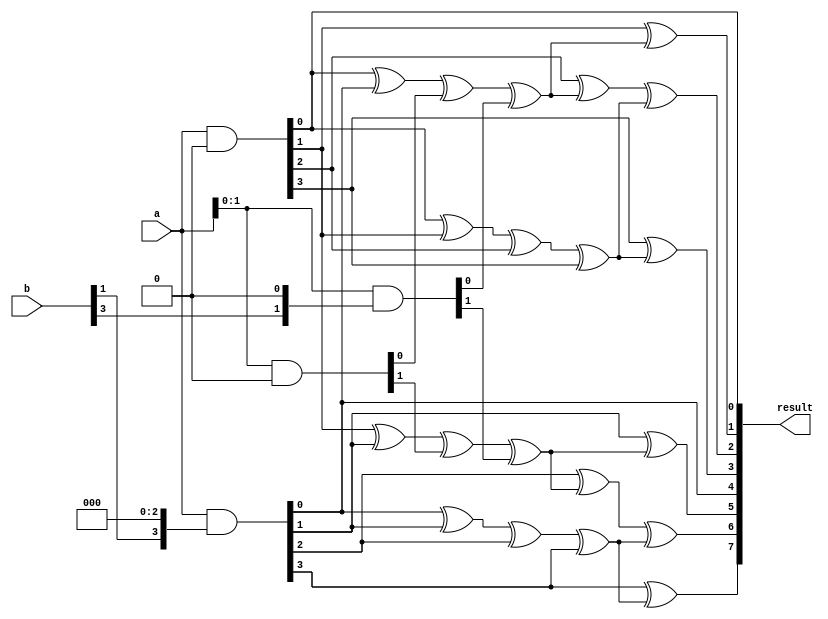
module dadda_multiplier(
  input wire [3:0] a,  // 4-bit input
  input wire [3:0] b,  // 4-bit input
  output wire [7:0] result  // 8-bit output
);

  wire [7:0] partial_products [3:0];
  wire [3:0] row0_parity, row1_parity, row2_parity;
  wire [2:0] col0_parity, col1_parity, col2_parity;
  
  // Generate partial products
  assign partial_products[0] = {4'b0, a} & {b[0], 4'b0};
  assign partial_products[1] = {3'b0, a} & {b[1], 3'b0};
  assign partial_products[2] = {2'b0, a} & {b[2], 2'b0};
  assign partial_products[3] = {1'b0, a} & {b[3], 1'b0};

  // Calculate row and column parities
  assign row0_parity = partial_products[0][0] ^ partial_products[1][0] ^ partial_products[2][0] ^ partial_products[3][0];
  assign row1_parity = partial_products[0][1] ^ partial_products[1][1] ^ partial_products[2][1] ^ partial_products[3][1];
  assign row2_parity = partial_products[0][2] ^ partial_products[1][2] ^ partial_products[2][2] ^ partial_products[3][2];
  
  assign col0_parity = partial_products[0][0] ^ partial_products[0][1] ^ partial_products[0][2] ^ partial_products[0][3];
  assign col1_parity = partial_products[1][0] ^ partial_products[1][1] ^ partial_products[1][2] ^ partial_products[1][3];
  assign col2_parity = partial_products[2][0] ^ partial_products[2][1] ^ partial_products[2][2] ^ partial_products[2][3];
  
  // Generate the final output
  assign result[0] = partial_products[0][0];
  assign result[1] = partial_products[0][1] ^ row0_parity;
  assign result[2] = partial_products[0][2] ^ row0_parity ^ col0_parity;
  assign result[3] = partial_products[0][3] ^ col0_parity;
  assign result[4] = partial_products[1][0];
  assign result[5] = partial_products[1][1] ^ row1_parity;
  assign result[6] = partial_products[1][2] ^ row1_parity ^ col1_parity;
  assign result[7] = partial_products[1][3] ^ col1_parity;

endmodule